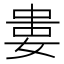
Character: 𡝤